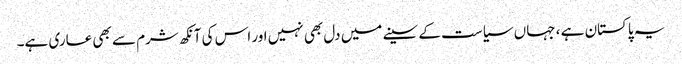
یہ پاکستان ہے ، جہاں سیاست کے سینے میں دل بھی نہیں اور اس کی آنکھ شرم سے بھی عاری ہے۔